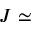
J \simeq